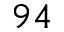
9 4